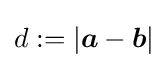
d:=|{\boldsymbol {a}}-{\boldsymbol {b}}|